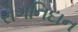
રોગનિદાન